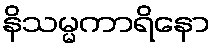
နိသမ္မကာရိနော